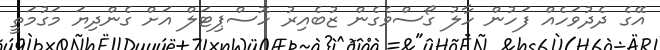
އޭގެ ދެދުވަހެއް ފަހުން ހާލު ގޯސްވެގެން ޒުބެއިރު ހޮސްޕިޓަލް އަށް ގެންދިޔަ މަގުމަތީ